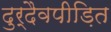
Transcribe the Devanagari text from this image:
दुर्दैवपीड़ित